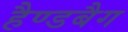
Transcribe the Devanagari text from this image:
हैण्डबैग